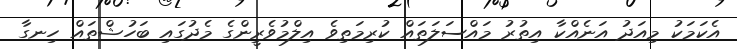
އެކަމަކު މިއަދު އަނެއްކާ އިތުުރު މައްސަލަތައް ކުރިމަތިވެ އިލްމުވެރީންގެ މެދުގައި ބަހުޝްތައް ހިނގާ